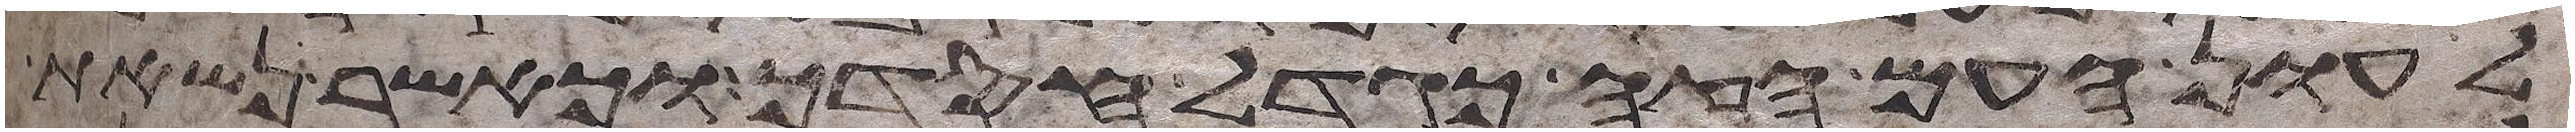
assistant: לעון העם הזה כגדל חסדך וכאשר נשאת